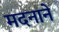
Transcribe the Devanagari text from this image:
मदनाने